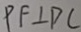
P F \bot D C